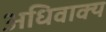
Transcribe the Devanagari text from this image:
अधिवाक्य